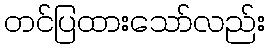
တင်ပြထားသော်လည်း